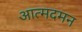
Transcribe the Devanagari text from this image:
आत्मदमन